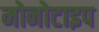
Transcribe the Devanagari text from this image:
मोनोटाइप